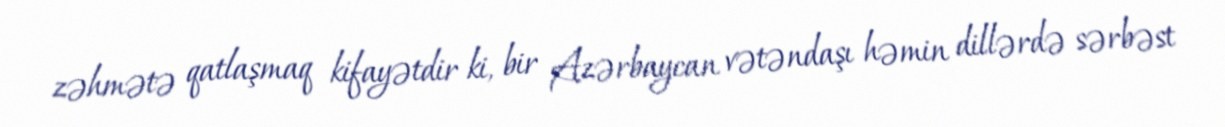
zəhmətə qatlaşmaq kifayətdir ki, bir Azərbaycan vətəndaşı həmin dillərdə sərbəst